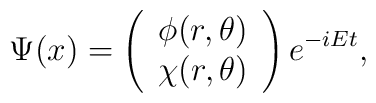
\Psi(x)=\left(\begin{array}{c}  \phi(r,\theta) \\  \chi(r,\theta)\end{array}\right)e^{-iEt} ,